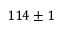
1 1 4 \pm 1